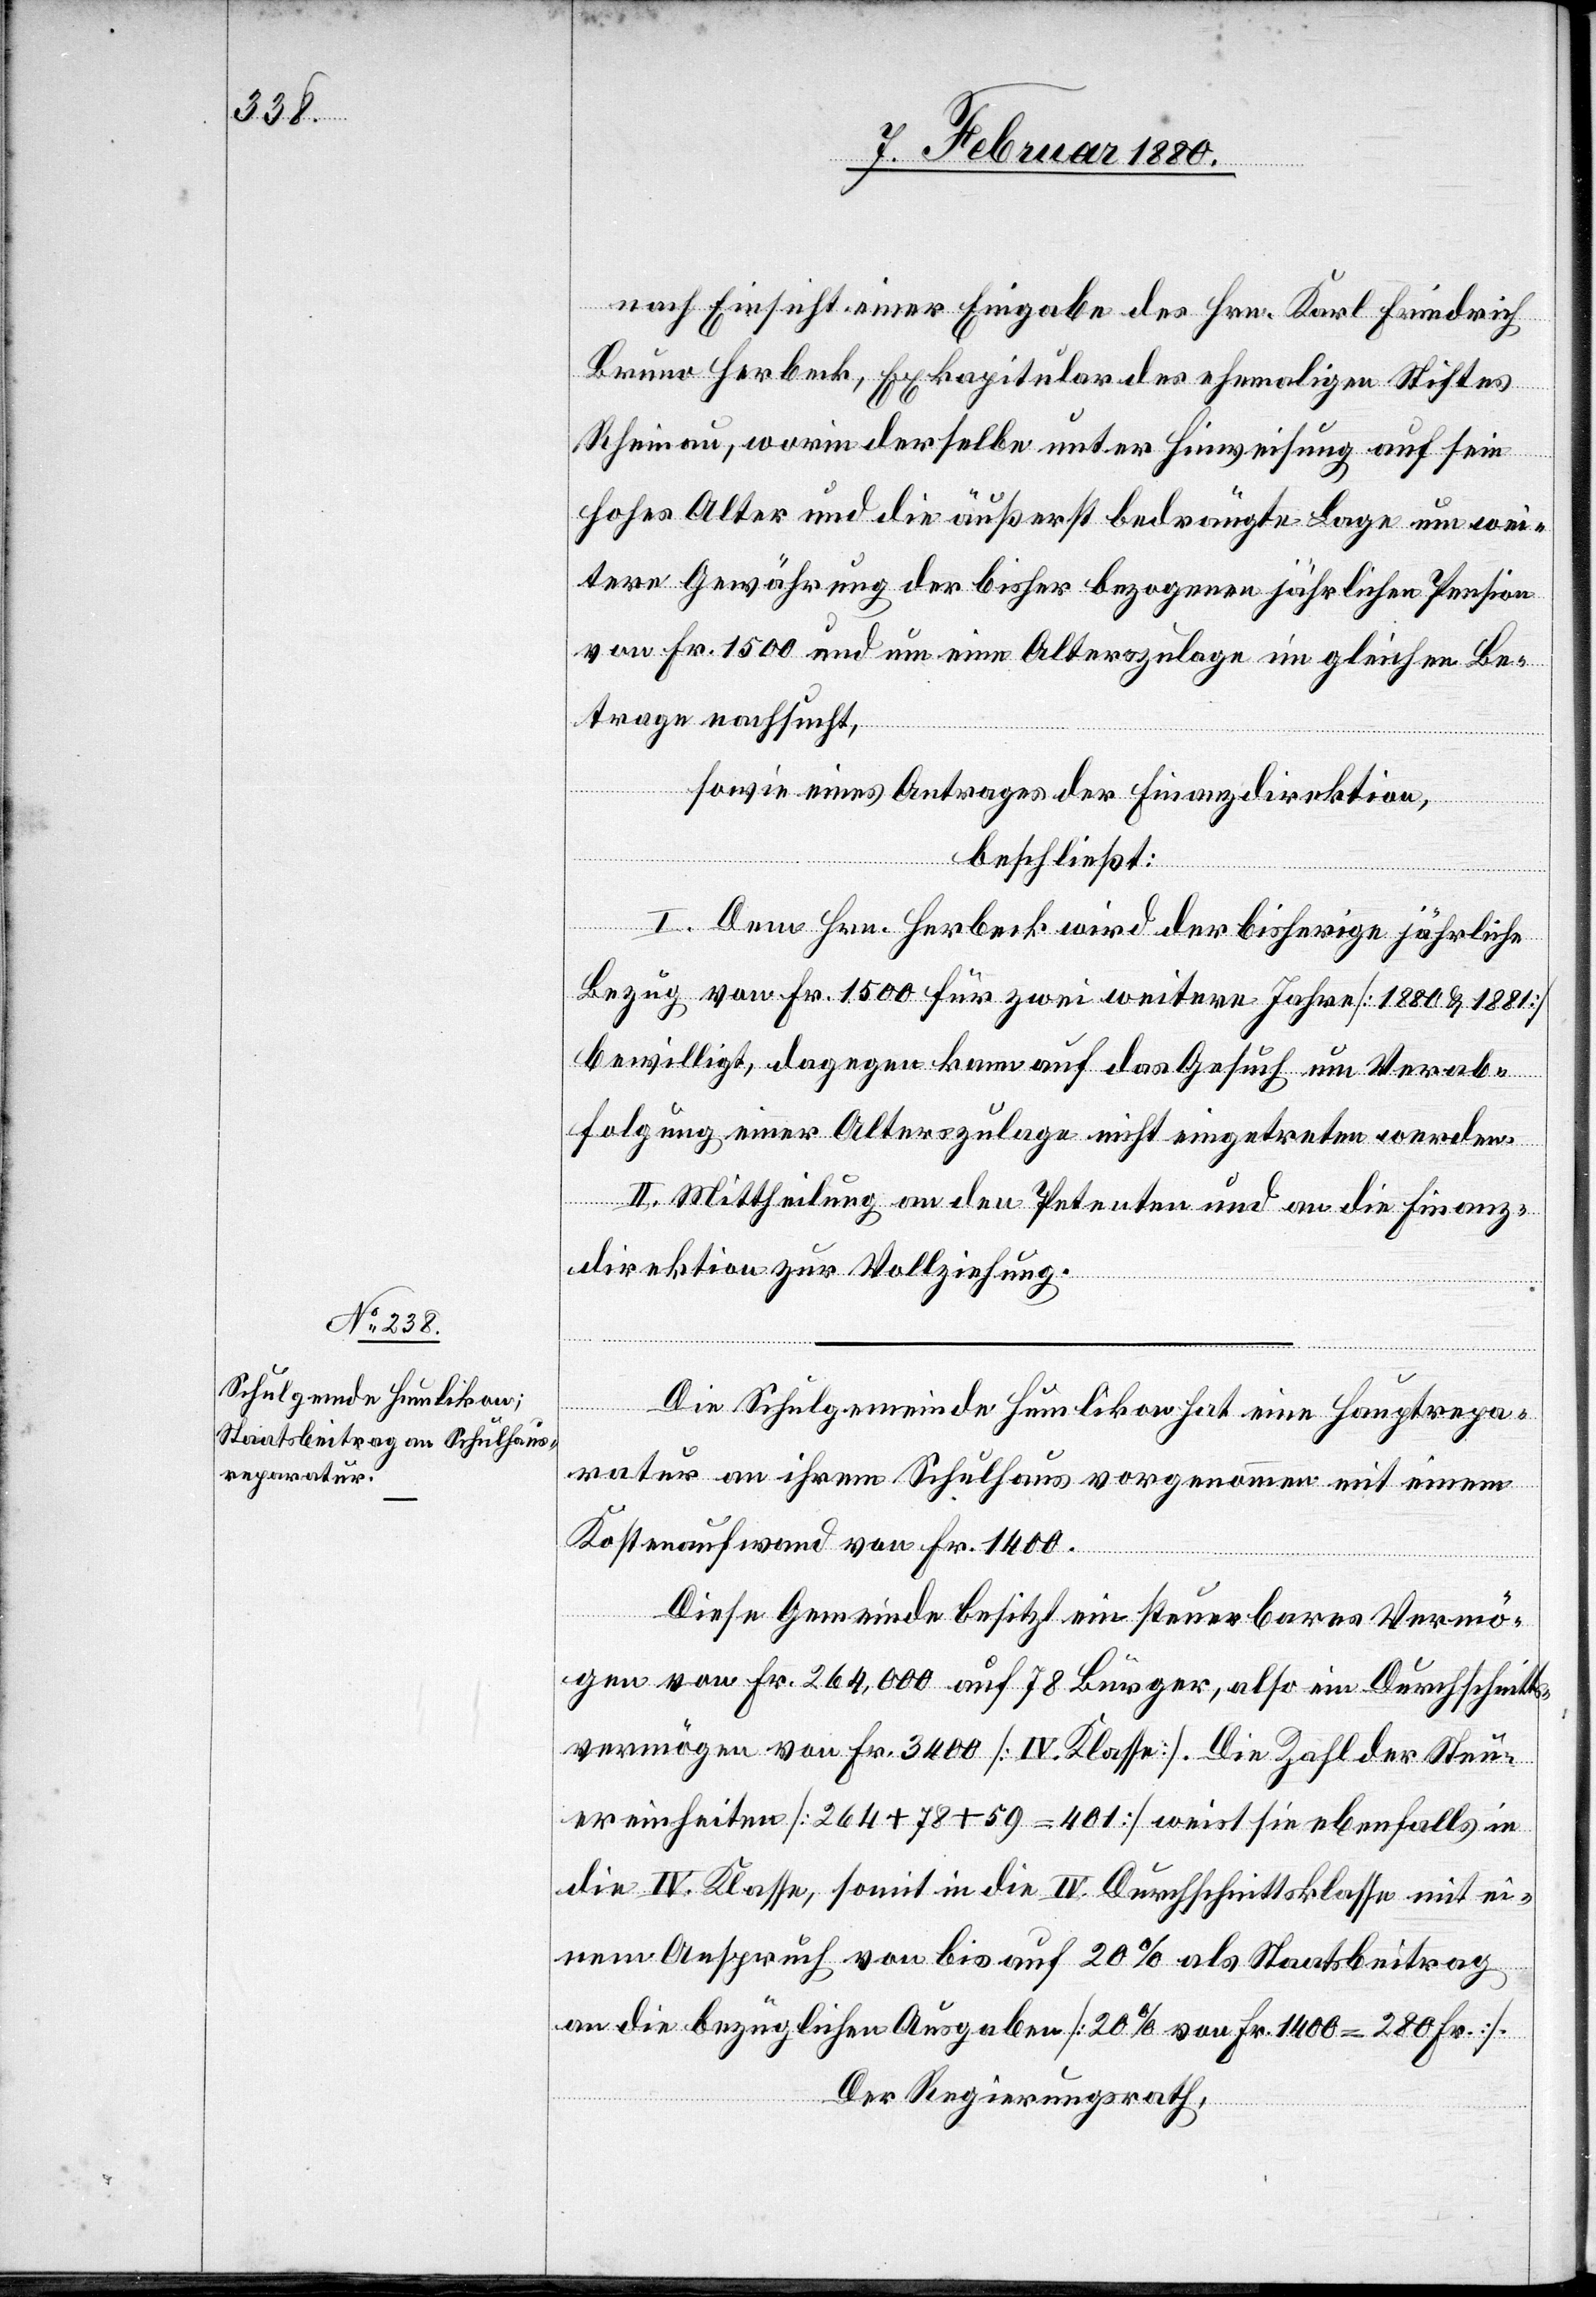
nach Einsicht einer Eingabe des Hrn. Karl Friedrich
Bruno Herbeck, Exkapitulatur des ehemaligen Stiftes
Rheinau, worin derselbe unter Hinweisung auf sein
hohes Alter und die äußerst bedrängte Lage um wei¬
tere Gewährung der bisher bezogenen jährlichen Pension
von Fr. 1500 und um eine Alterszulage im gleichen Be¬
trage nachsucht,
sowie eines Antrages der Finanzdirektion,
beschließt:
I. Dem Hrn. Herbeck wird der bisherige jährliche
Bezug von Fr. 1500 für zwei weitere Jahre [1880 & 1881]
bewilligt, dagegen kann das Gesuch um Verab¬
folgung einer Alterszulage nicht eingetreten werden.
II. Mittheilung an den Petenten und an die Finanz¬
direktion zur Vollziehung.
Die Schulgemeinde Humlikon hat eine Hauptrepa¬
ratur an ihrem Schulhaus vorgenommen mit einem
Kostenaufwand von Fr. 1400.
Diese Gemeinde besitzt ein steuerbares Vermö¬
gen von Fr. 264, 000 auf 78 Bürger, also ein Durchschnitts¬
vermögen von Fr. 3400 [IV. Klasse]. Die Zahl der Steu¬
ereinheiten [264 + 78 + 59 = 401] weist sie ebenfalls in
die IV. Klasse, somit in die IV. Durchschnnittsklasse mit ei¬
nem Anspruch von bis auf 20% als Staatsbeitrag
an die bezüglichen Ausgaben [20% von Fr. 1400 = 280 Fr.].
Der Regierungsrath,